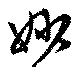
妙